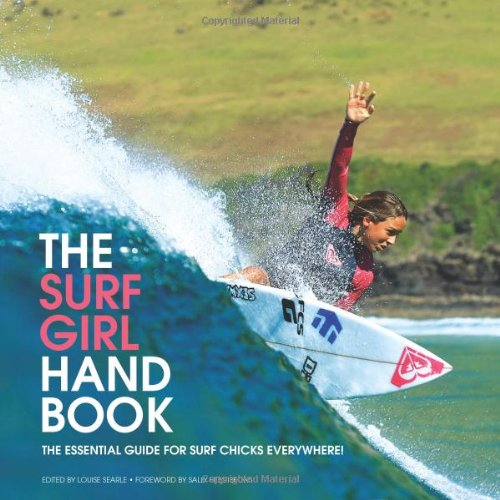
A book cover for The Surf Girl Handbook: The Essential Guide for Surf Chicks Everywhere; Sports & Outdoors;